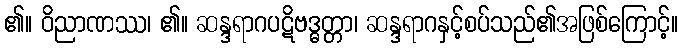
၏။ ဝိညာဏဿ၊ ၏။ ဆန္ဒရာဂပဋိဗဒ္ဓတ္တာ၊ ဆန္ဒရာဂနှင့်စပ်သည်၏အဖြစ်ကြောင့်။